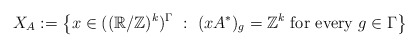
\begin{align*}X_A := \left\{ x \in ((\mathbb{R}/\mathbb{Z})^k)^\Gamma~:~ (xA^*)_g = \mathbb{Z}^k \mbox{ for every } g \in \Gamma\right\}\end{align*}